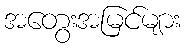
အတွေးအမြင်များ